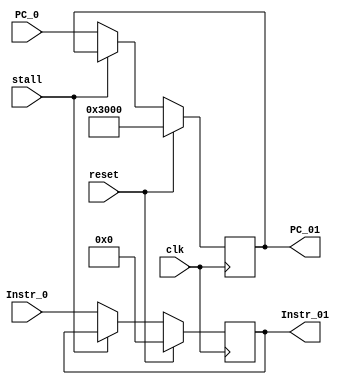
`timescale 1ns / 1ps
//////////////////////////////////////////////////////////////////////////////////
// Company: 
// Engineer: 
// 
// Design Name: 
// Module Name:    IF2ID 
// Project Name: 
// Target Devices: 
// Tool versions: 
// Description: 
//
// Dependencies: 
//
// Revision: 
// Revision 0.01 - File Created
// Additional Comments: 
//
//////////////////////////////////////////////////////////////////////////////////
module IF2ID(
    input clk,
    input reset,
	 input stall,
    input [31:0] Instr_0,
	 input [31:0] PC_0,
	 output reg [31:0] Instr_01,
	 output reg [31:0] PC_01
    );
	 
	 always @(posedge clk) begin
		if(reset) begin
			Instr_01<=32'h0;
			PC_01<=32'h00003000;
		end
		else if(!stall) begin
			Instr_01<=Instr_0;
			PC_01<=PC_0;
		end
	 end


endmodule